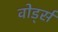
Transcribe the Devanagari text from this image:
वोर्ड्स